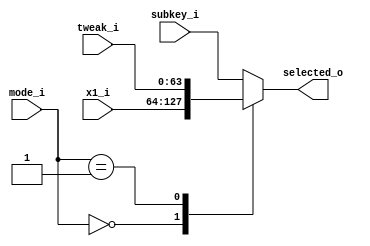
module x1_tweak_subkey_select (
	input [1:0] mode_i,
	input [63:0] x1_i,
	input [63:0] tweak_i,
	input [63:0] subkey_i,
	output [63:0] selected_o
	);

reg [63:0] selected;
assign selected_o = selected;

always @(*) begin
	case (mode_i)
		0: selected = x1_i;
		1: selected = tweak_i;
		default: selected = subkey_i;
	endcase
end

endmodule